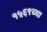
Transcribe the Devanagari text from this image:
१५६९च्या